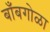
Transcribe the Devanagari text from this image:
बाँबगोळा